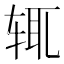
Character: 辄